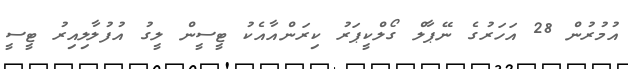
އުމުރުން 28 އަހަރުގެ ނޭޕާލް ގޯލްކީޕަރު ކިރަންއާއެކު ޓީސީން ލީގު އުފުލާލިއިރު ޓީސީ